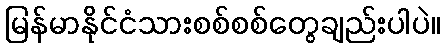
မြန်မာနိုင်ငံသားစစ်စစ်တွေချည်းပါပဲ။